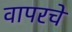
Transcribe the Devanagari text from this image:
वापरचे